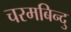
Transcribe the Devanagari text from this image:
चरमबिन्दु